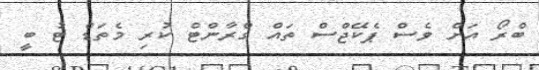
ބްރޯ އަށް ވެސް ޕެކޭޖްސް ތައް ގްރާންޓް ކުރި މެތަޑް ޓު ބީ